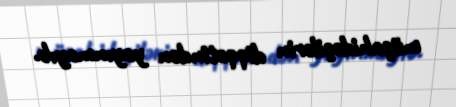
müşahidəçilərin diqqətindən yayınmayıb.